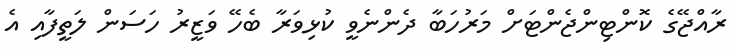
ރާއްޖޭގެ ކޮންޓިންޖެންޓަށް މަރުހަބާ ދެންނެވީ ކުޅިވަރާ ބެހޭ ވަޒީރު ހަސަން ލަތީފާއި އެ